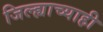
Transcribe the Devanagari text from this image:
जिल्ह्याच्याही